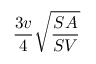
{ \frac { 3 v } { 4 } } { \sqrt { \frac { S A } { S V } } }